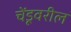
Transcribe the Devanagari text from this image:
चेंडूवरील